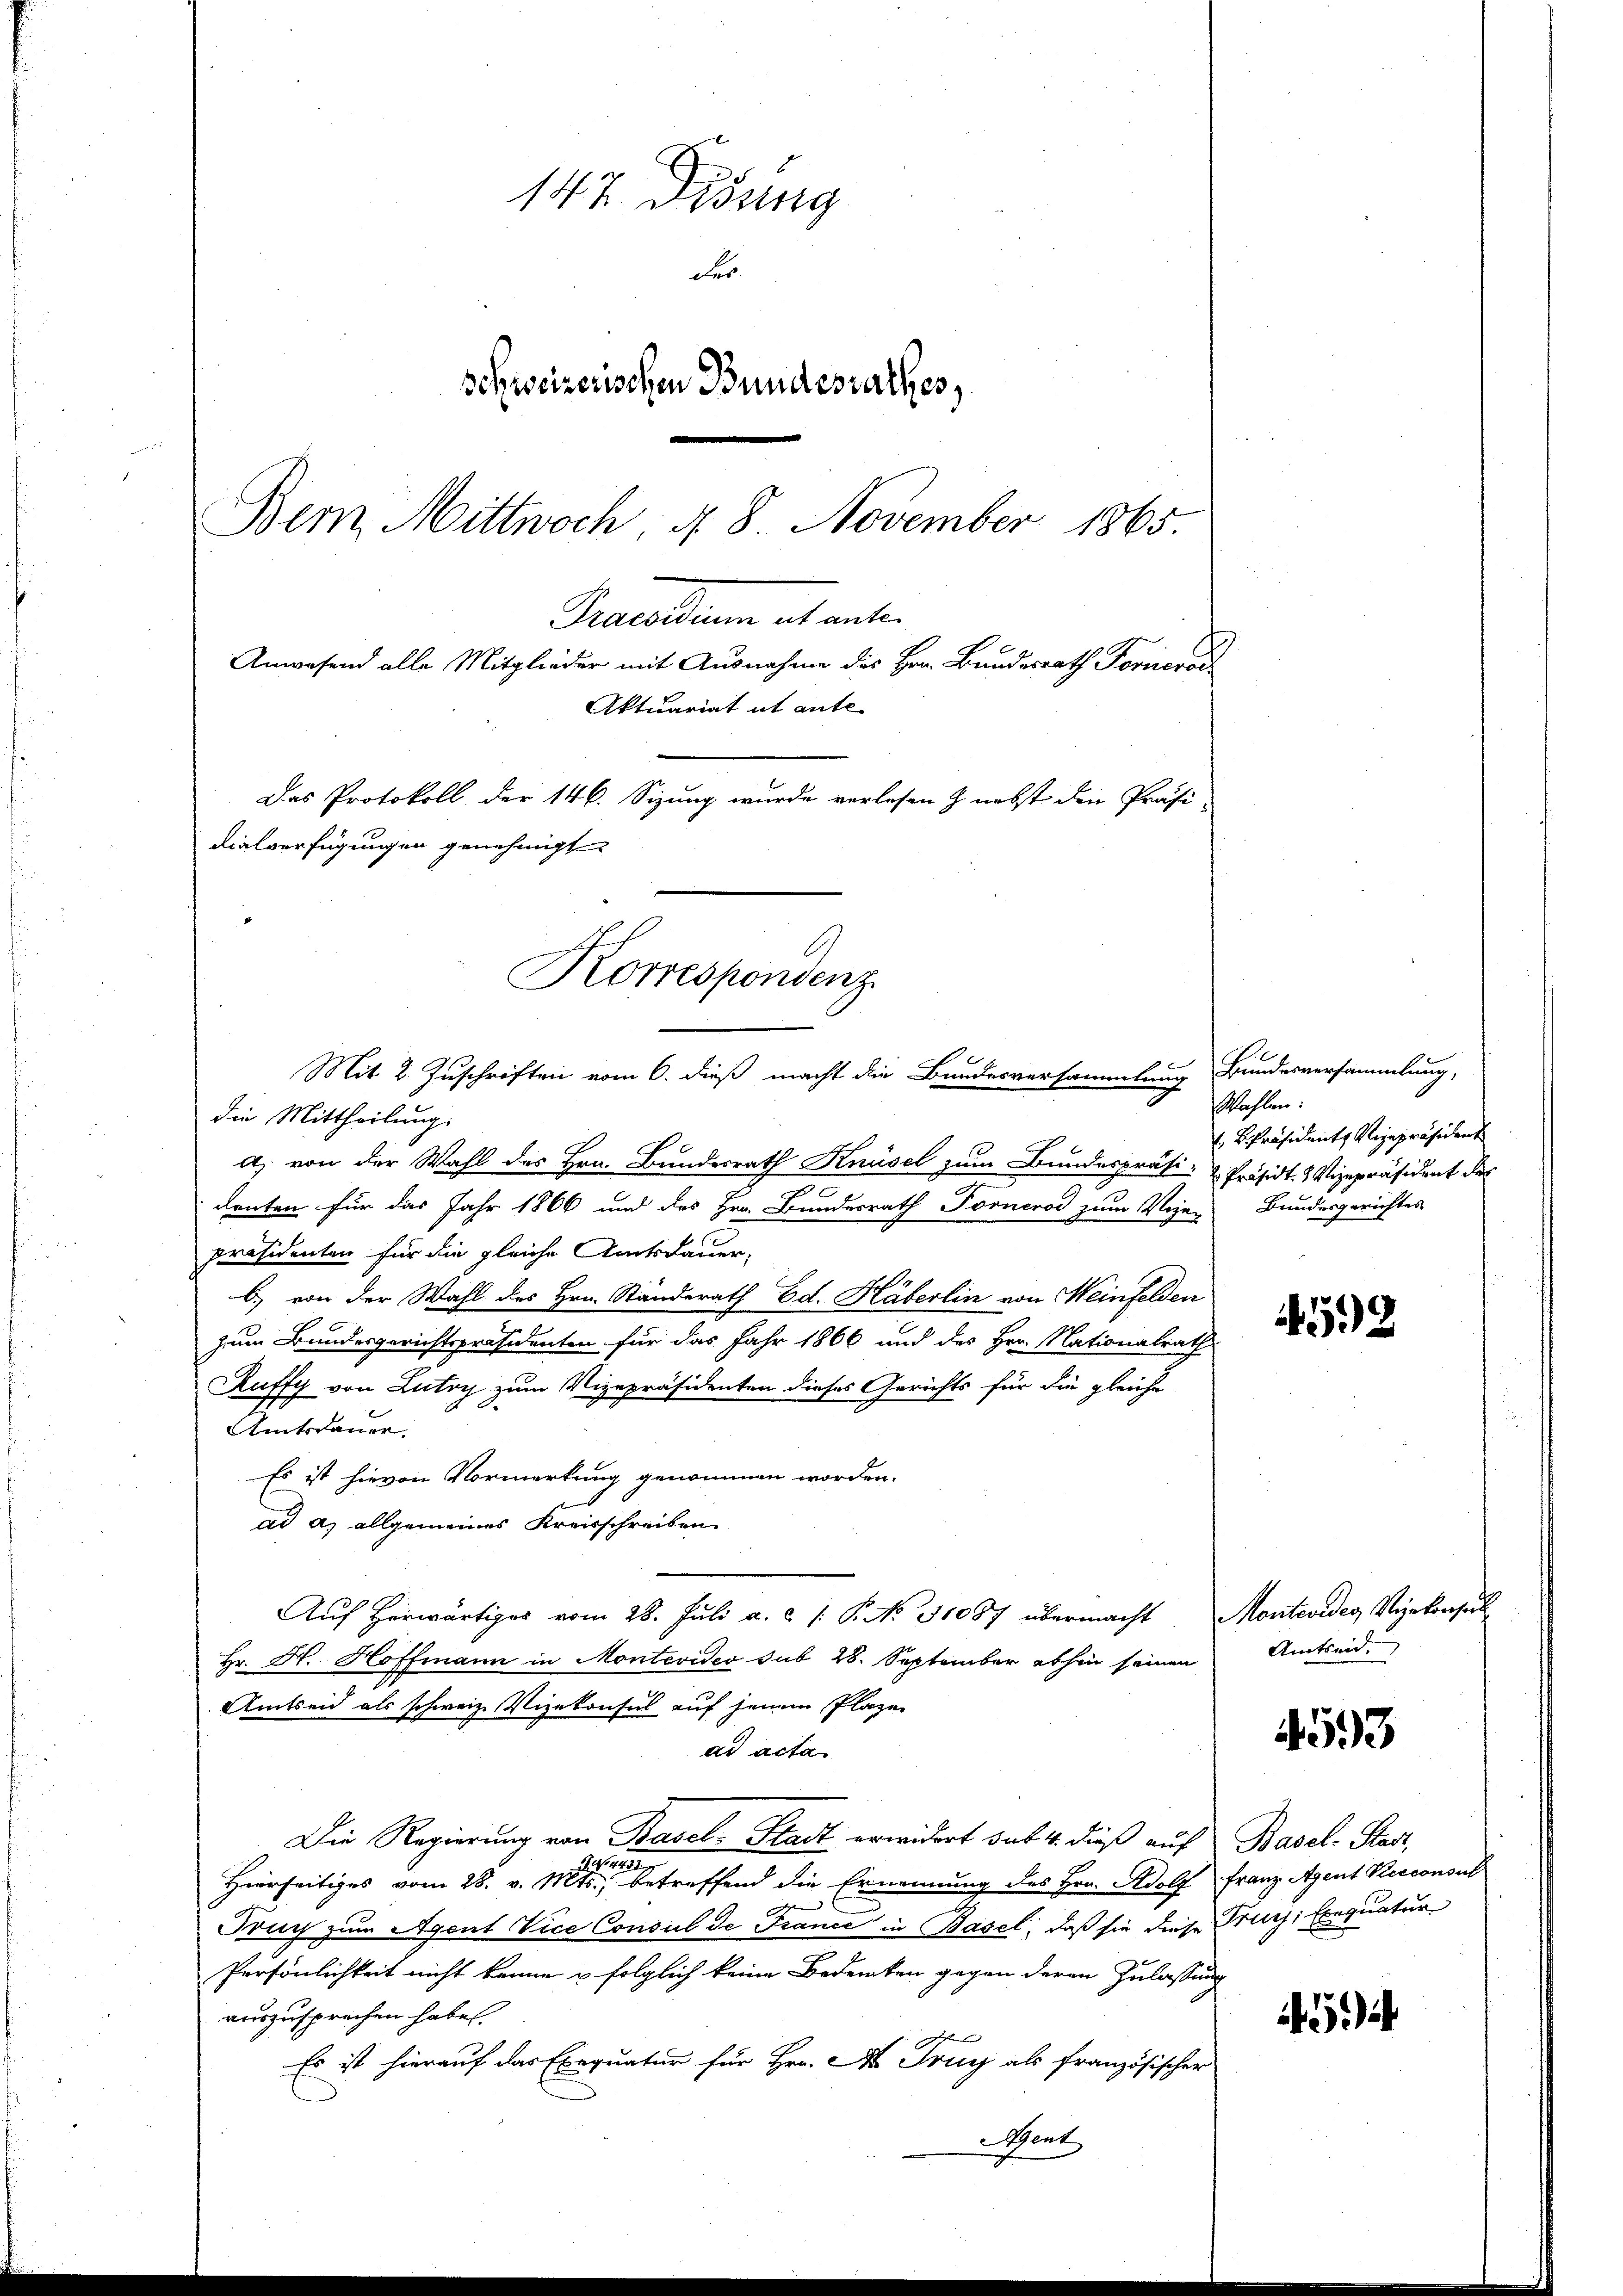
Korrespondenz
9

147 Didung
des
schweizerischen Bundesrathes,
Bern Mittwoch §. 8. November 1865.
Preellen ab unter
Anwesend alle Mitglieder mit Ausnahme des Hrn. Bundesrath Forrersc
Aktuariat it ante-
Das Protokoll der 146. Sizung wurde verlesen & nebst den Präsi-
dialverfügungen genehmigt

Mit 2 Zuschriften vom 6. dieß macht die Bundesversammlung Bundesversammlung,
die Mittheilung.
a) von der Wahl des Hrn. Bundesrath Knüsel zum Bundespräsi-Präsidt.   Vizepräsident des
denten für das Jahr 1866 und des Hrn. Bundesrath Fornerod zum Voje-
präsidenten für die gleiche Amtsdauer-
b) von der Wahl des Hrn. Ständerath Ed. Häberlin von Meinfelden
zum Bundesgerichtspräsidenten für das Jahr 1866 und des Hrn. Nationalrath
Ruffy von Lutry zum Vizepräsidenten dieses Gerichts für die gleiche
Amtsdauer.
Es ist hievon Vormerkung genommen worden.
ad a. allgemeines Kreisschreiben
Auf herwärtiges vom 28. Juli a. c. /: P. No. 31087 übermacht Montevides Vizekonsult
Hr. Hr. Hoffmann in Montevideo sub 28. September abhin seinen
Amtseid als schweiz. Vizekonsul auf jenem Plaze
ad acta
Die Regierung von Basel-Stadt erwidert sub. 4. dieß auf
Sitte
Hierseitiges vom 28. v. Mts., betreffend die Ernennung des Hrn. Adolf
Truy zum Agent Vice Consul de France in Basel, daß sie diese Fruch, Exequatur
Persönlichkeit nicht kenne & folglich keine Bedenken gegen deren Zulassung
auszusprechen habe.
Es ist hierauf das Exequatur für Hrn. No Truy als französischer
Agent

Wahlen:
BPräsidente Rezepräsident
Bundesgerichtes

4592

Amtseid.

4593

Basel-Stadt,
Franz Agent Kerconsul

5